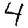
Digit: 4